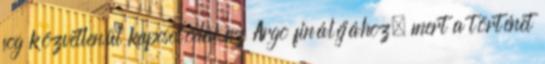
fog közvetlenül kapcsolódni az Argo fináléjához, mert a történet